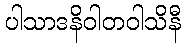
ပါသာဒနိဝါတဝါသိနီ